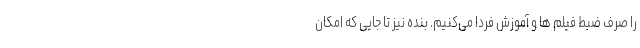
را صرف ضبط فیلم ها و آموزش فردا می‌کنیم. بنده نیز تا جایی که امکان